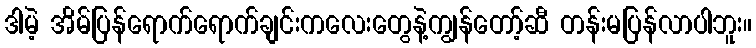
ဒါမဲ့ အိမ်ပြန်ရောက်ရောက်ချင်းကလေးတွေနဲ့ကျွန်တော့်ဆီ တန်းမပြန်လာပါဘူး။